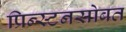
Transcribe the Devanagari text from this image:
प्रिन्स्टनसोबत